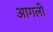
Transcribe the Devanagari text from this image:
आगली